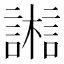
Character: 𣞇